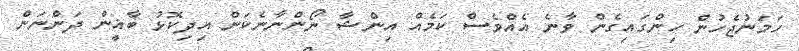
ހަމަނުޖެހުން ހިންގައިގެން ވާނެ އެއްވެސް ކަމެއް އިންޝާ ނޯންނާނެކަން އިދިކޮޅު ބާޣީން ދަންނަން